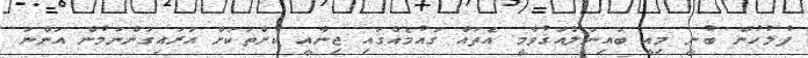
ފުލުހުން ބުނީ މިއީ ބައިނަލްއަޤުވާމީ އެތައް ގައުމެއްގައި ޖިނާއީ ކުށްތަކަށް އަރައިގަންނަމުން އަންނަ